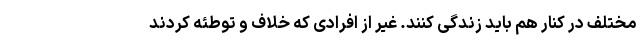
مختلف در کنار هم باید زندگی کنند. غیر از افرادی که خلاف و توطئه کردند